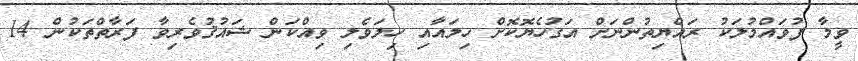
ވީމާ ފުވައްމުލަކު ރައްޔިތުންނަށް އަގުހެޔޮކޮށް ހިލައާއި ހިލަވެލި ވިއްކަން ޝައުޤުވެރިވާ ފަރާތްތަކުން 14